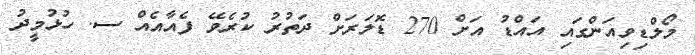
މޯލްޑިވިއަންގައި އައްޑު އަށް 270 ޑޮލަރަށް ދަތުރު ކުރެވޭ ފެއާއެއް ސ. ހުޅުމީދު